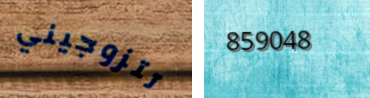
تتزوجيني 859048